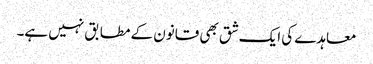
معاہدے کی ایک شق بھی قانون کے مطابق نہیں ہے۔